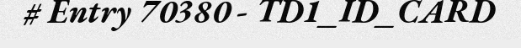
# Entry 70380 - TD1_ID_CARD